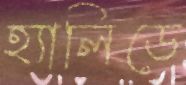
হ্যালিডে